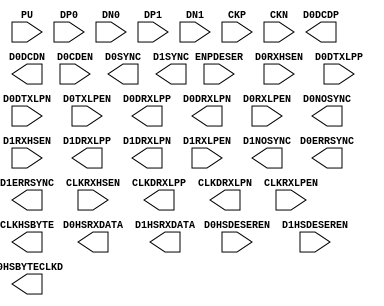
//----------------------------------------------------------------- 
// Module       :   
// Description  : Black box definition for SB_MIPI_RX_2LANE  
//                                          SB_TMDS_deserializer
//                                           SB_PLL40_2F_PAD_DS,
//                                           SB_PLL40_PAD_DS
// Target Tools : Synplify Pro version 201103S - iCECube2 2011.09.  
// 
//                F-201109S Synplify Pro has MIPI, HDMI, MULTIPLIER, PLL_DS 
//                instantiation support. So black box definitons not required
//                - iCECube2 2011.12. 
//-------------------------------------------------------------------

//-------------------------------------------------------------------------
//   BlackBox : SB_MIPI_RX_2LANE 
//-------------------------------------------------------------------------
module    SB_MIPI_RX_2LANE(
        ENPDESER,
        PU,
        DP0,
        DN0,
        D0RXHSEN,
        D0DTXLPP,
        D0DTXLPN,
        D0TXLPEN,
        D0DRXLPP,
        D0DRXLPN,
        D0RXLPEN,
        D0DCDP,
        D0DCDN,
        D0CDEN,
        D0HSDESEREN,
        D0HSRXDATA,
        D0HSBYTECLKD,
        D0SYNC,
        D0ERRSYNC,
        D0NOSYNC,
        DP1,
        DN1,
        D1RXHSEN,
        D1DRXLPP,
        D1DRXLPN,
        D1RXLPEN,
        D1HSDESEREN,
        D1HSRXDATA,
        D1SYNC,
        D1ERRSYNC,
        D1NOSYNC,
        CKP,
        CKN,
        CLKRXHSEN,
        CLKDRXLPP,
        CLKDRXLPN,
        CLKRXLPEN,
        CLKHSBYTE
        )
  // black box definition, pad insertion not needed for 6 device pins       
  /* synthesis syn_black_box black_box_pad_pin="DP1,DN1,DP0,DN0,CKP,CKN"*/;
  

//Common Interface Pins
input           ENPDESER;
input 		PU;
// DATA0 Interface pins
input		DP0;
input		DN0;
input		D0RXHSEN;
input 	        D0DTXLPP;
input 		D0DTXLPN;
input  		D0TXLPEN;
output 		D0DRXLPP;
output  	D0DRXLPN;
input 		D0RXLPEN;
output 		D0DCDP;
output		D0DCDN;
input 		D0CDEN;
input		D0HSDESEREN;
output  [7:0]	D0HSRXDATA;
output 		D0HSBYTECLKD;
output  	D0SYNC;
output  	D0ERRSYNC;
output 		D0NOSYNC;
// DATA1 Interface Pins
input  		DP1;
input  		DN1;
input  		D1RXHSEN;
output          D1DRXLPP;
output  	D1DRXLPN;
input  	        D1RXLPEN;
input  	        D1HSDESEREN;
output  [7:0]   D1HSRXDATA;
output  	D1SYNC;
output  	D1ERRSYNC;
output  	D1NOSYNC;
// CLOCK Interface Pins
input           CKP;
input  		CKN;
input  		CLKRXHSEN;
output          CLKDRXLPP;
output  	CLKDRXLPN;
input  		CLKRXLPEN;
output          CLKHSBYTE;

endmodule

//----------------------------------------------------------------------
//     BlackBox: SB_TMDS_deserializer   
//----------------------------------------------------------------------

module SB_TMDS_deserializer(
                                //TMDS input interface
  input TMDSch0p,             //TMDS ch 0 differential input pos
  input TMDSch0n,             //TMDS ch 0 differential input neg
  input TMDSch1p,             //TMDS ch 1 differential input pos
  input TMDSch1n,             //TMDS ch 1 differential input neg
  input TMDSch2p,             //TMDS ch 2 differential input pos
  input TMDSch2n,             //TMDS ch 2 differential input neg
  input TMDSclkp,             //TMDS clock differential input pos
  input TMDSclkn,             //TMDS clock differential input neg
                                
                                //Receive controller interface
  input RSTNdeser,             //Reset deserailzier logics- active low
  input RSTNpll,               //Reset deserializer PLL- active low
  input EN,                     //Enable deserializer- active high
  input [3:0] PHASELch0,       //Clock phase delay compensation select for ch 0
  input [3:0] PHASELch1,       //Clock phase delay compensation select for ch 1
  input [3:0] PHASELch2,       //Clock phase delay compensation select for ch 2
  output PLLlock,              //PLL lock signal- active high
  output PLLOUTGLOBALclkx1,    //PLL output on global n/w 
  output PLLOUTCOREclkx1,    	//PLL output on global n/w 
  output PLLOUTGLOBALclkx5,    //PLL output on global n/w 
  output PLLOUTCOREclkx5,    	//PLL output on global n/w
  output [9:0] RAWDATAch0,     //Recovered ch 0 10-bit data 
  output [9:0] RAWDATAch1,     //Recovered ch 1 10-bit data
  output [9:0] RAWDATAch2,      //Recovered ch 2 10-bit data
  input	EXTFEEDBACK,  			//Driven by core logic. Not required HDMI mode.
  input	[7:0] DYNAMICDELAY,  	//Driven by core logic. Not required for HDMI mode.
  input	BYPASS,				//Driven by core logic. Not required for HDMI mode.
  input	LATCHINPUTVALUE, 	//iCEGate signal. Not required for HDMI mode
  //Test Pins
  output	SDO,				//Output of PLL
  input	SDI,				//Driven by core logic
  input	SCLK				//Driven by core logic
  )
  // black box definitions - Pad insertion not required for these 8 device pins  
  /* synthesis syn_black_box black_box_pad_pin="TMDSch0p, TMDSch0n, TMDSch1p, TMDSch1n, TMDSch2p, TMDSch2n, TMDSclkp, TMDSclkn "*/;

   parameter   FEEDBACK_PATH = "PHASE_AND_DELAY";
   parameter   SHIFTREG_DIV_MODE=2'b11;
   parameter   PLLOUT_SELECT_PORTA  = "GENCLK";
   parameter   PLLOUT_SELECT_PORTB  = "SHIFTREG_0deg";
   parameter DELAY_ADJUSTMENT_MODE_FEEDBACK = "FIXED";
   parameter DELAY_ADJUSTMENT_MODE_RELATIVE = "FIXED";
        

endmodule


//--------------------------------------------------
//     BlackBox: SB_PLL40_2F_PAD_DS
//----------------------------------------------------

module SB_PLL40_2F_PAD_DS (
		PACKAGEPIN,		
		PACKAGEPINB,		
		PLLOUTCOREA,		//DIN0 output to core logic
		PLLOUTGLOBALA,	   	//PLL output to global network
        PLLOUTCOREB,		//PLL output to core logic
		PLLOUTGLOBALB,	   	//PLL output to global network
		EXTFEEDBACK,  			//Driven by core logic
		DYNAMICDELAY,		//Driven by core logic
		LOCK,				//Output of PLL
		BYPASS,				//Driven by core logic
		RESETB,				//Driven by core logic
		SDI,				//Driven by core logic. Test Pin
		SDO,				//Output to RB Logic Tile. Test Pin
		SCLK,				//Driven by core logic. Test Pin
		LATCHINPUTVALUE 	//iCEGate signal
)/* synthesis syn_black_box black_box_pad_pin="PACKAGEPIN,PACKAGEPINB"*/;
inout 	PACKAGEPIN;		
inout 	PACKAGEPINB;		
output  PLLOUTCOREA;		//PLL output to core logic
output	PLLOUTGLOBALA;	   	//PLL output to global network
output  PLLOUTCOREB;		//PLL output to core logic
output	PLLOUTGLOBALB;	   	//PLL output to global network
input	EXTFEEDBACK;  			//Driven by core logic
input	[7:0] DYNAMICDELAY;  	//Driven by core logic
output	LOCK;				//Output of PLL
input	BYPASS;				//Driven by core logic
input	RESETB;				//Driven by core logic
input	LATCHINPUTVALUE; 	//iCEGate signal
//Test Pins
output	SDO;				//Output of PLL
input	SDI;				//Driven by core logic
input	SCLK;				//Driven by core logic

//Feedback
parameter FEEDBACK_PATH = "SIMPLE";	//String  (simple, delay, phase_and_delay, external) 
parameter DELAY_ADJUSTMENT_MODE_FEEDBACK = "FIXED"; 
parameter DELAY_ADJUSTMENT_MODE_RELATIVE = "FIXED"; 
parameter SHIFTREG_DIV_MODE = 2'b00; //00-->Divide by 4, 01-->Divide by 7, 11-->Divide by 5.
parameter FDA_FEEDBACK = 4'b0000; 		//Integer. 

//Output 
parameter FDA_RELATIVE = 4'b0000; 		//Integer. 
parameter PLLOUT_SELECT_PORTA = "GENCLK"; //
parameter PLLOUT_SELECT_PORTB = "GENCLK"; //

//Use the Spreadsheet to populate the values below.
parameter DIVR = 4'b0000; 	//determine a good default value
parameter DIVF = 7'b0000000; //determine a good default value
parameter DIVQ = 3'b000; 	//determine a good default value
parameter FILTER_RANGE = 3'b000; 	//determine a good default value

//Additional cbits
parameter ENABLE_ICEGATE_PORTA = 1'b0;
parameter ENABLE_ICEGATE_PORTB = 1'b0;

//Test Mode parameter
parameter TEST_MODE = 1'b0;
parameter EXTERNAL_DIVIDE_FACTOR = 1; //Not used by model. Added for PLL Config GUI.


endmodule // SB_PLL40_2F_PAD_DS


//-------------------------------------------------------
//   BlackBox:  SB_PLL40_PAD_DS
//------------------------------------------------------

module SB_PLL40_PAD_DS (
		PACKAGEPIN,		
		PACKAGEPINB,		
		PLLOUTCORE,		//PLL output to core logic
		PLLOUTGLOBAL,	   	//PLL output to global network
		EXTFEEDBACK,  			//Driven by core logic
		DYNAMICDELAY,		//Driven by core logic
		LOCK,				//Output of PLL
		BYPASS,				//Driven by core logic
		RESETB,				//Driven by core logic
		SDI,				//Driven by core logic. Test Pin
		SDO,				//Output to RB Logic Tile. Test Pin
		SCLK,				//Driven by core logic. Test Pin
		LATCHINPUTVALUE 	//iCEGate signal
)/* synthesis syn_black_box black_box_pad_pin="PACKAGEPIN,PACKAGEPINB"*/;
inout 	PACKAGEPIN;		
inout 	PACKAGEPINB;		
output 	PLLOUTCORE;		//PLL output to core logic
output	PLLOUTGLOBAL;	   	//PLL output to global network
input	EXTFEEDBACK;  			//Driven by core logic
input	[7:0] DYNAMICDELAY;  	//Driven by core logic
output	LOCK;				//Output of PLL
input	BYPASS;				//Driven by core logic
input	RESETB;				//Driven by core logic
input	LATCHINPUTVALUE; 	//iCEGate signal
//Test Pins
output	SDO;				//Output of PLL
input	SDI;				//Driven by core logic
input	SCLK;				//Driven by core logic


//Feedback
parameter FEEDBACK_PATH = "SIMPLE";	//String  (simple, delay, phase_and_delay, external) 
parameter DELAY_ADJUSTMENT_MODE_FEEDBACK = "FIXED"; 
parameter DELAY_ADJUSTMENT_MODE_RELATIVE = "FIXED"; 
parameter SHIFTREG_DIV_MODE = 2'b00; //00-->Divide by 4, 01-->Divide by 7, 11-->Divide by 5.
parameter FDA_FEEDBACK = 4'b0000; 		//Integer. 

parameter FDA_RELATIVE = 4'b0000; 		//Integer. 
parameter PLLOUT_SELECT = "GENCLK"; //

//Use the Spreadsheet to populate the values below.
parameter DIVR = 4'b0000; 	//determine a good default value
parameter DIVF = 7'b0000000; //determine a good default value
parameter DIVQ = 3'b000; 	//determine a good default value
parameter FILTER_RANGE = 3'b000; 	//determine a good default value

//Additional cbits
parameter ENABLE_ICEGATE = 1'b0;

//Test Mode parameter
parameter TEST_MODE = 1'b0;
parameter EXTERNAL_DIVIDE_FACTOR = 1; //Not used by model. Added for PLL Config GUI.

endmodule // SB_PLL40_PAD_DS

//----------------------------------------------------------------------------------------------------------------------